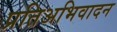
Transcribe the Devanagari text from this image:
प्रतिअभिवादन